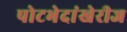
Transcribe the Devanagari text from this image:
पोटभेदांखेरीज